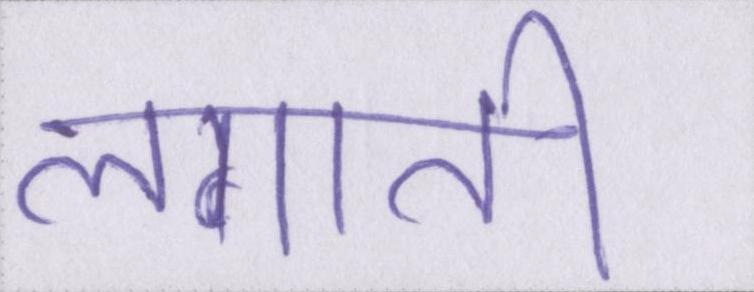
लगाती